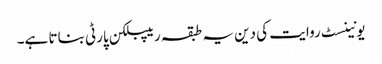
یونینسٹ روایت کی دین یہ طبقہ ریپبلکن پارٹی بناتا ہے۔